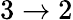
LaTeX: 3\rightarrow 2